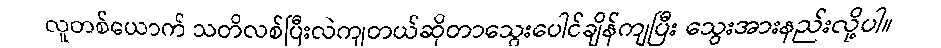
လူတစ်ယောက် သတိလစ်ပြီးလဲကျတယ်ဆိုတာသွေးပေါင်ချိန်ကျပြီး သွေးအားနည်းလို့ပါ။